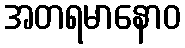
အတရမာနောဝ